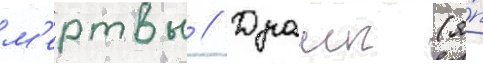
м'ертвы // Драиг (я́п